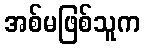
အစ်မဖြစ်သူက